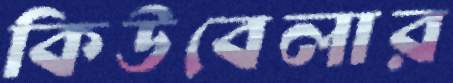
কিউবেলার